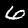
Label: 6